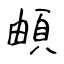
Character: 頔